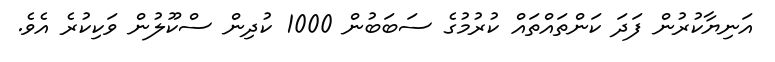
އަނިޔާކުރުން ފަދަ ކަންތައްތައް ކުރުމުގެ ސަބަބުން 1000 ކުދިން ސްކޫލުން ވަކިކުރެ އެވެ.